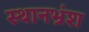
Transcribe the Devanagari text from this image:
स्थानभ्रंश